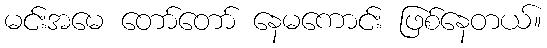
မင်းအမေ တော်တော် နေမကောင်း ဖြစ်နေတယ်။